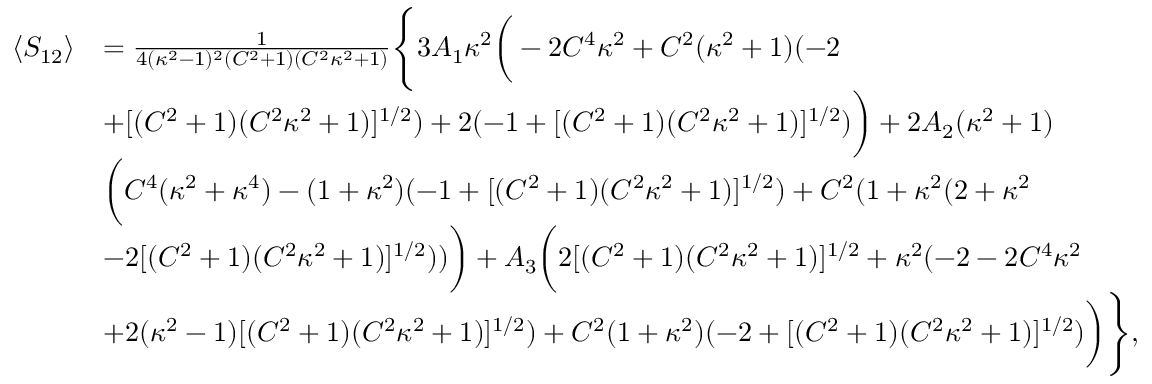
\begin{array} { r l } { \langle S _ { 1 2 } \rangle } & { = \frac { 1 } { 4 ( \kappa ^ { 2 } - 1 ) ^ { 2 } ( C ^ { 2 } + 1 ) ( C ^ { 2 } \kappa ^ { 2 } + 1 ) } \Bigg \{ 3 A _ { 1 } \kappa ^ { 2 } \bigg ( - 2 C ^ { 4 } \kappa ^ { 2 } + C ^ { 2 } ( \kappa ^ { 2 } + 1 ) ( - 2 } \\ & { + [ ( C ^ { 2 } + 1 ) ( C ^ { 2 } \kappa ^ { 2 } + 1 ) ] ^ { 1 / 2 } ) + 2 ( - 1 + [ ( C ^ { 2 } + 1 ) ( C ^ { 2 } \kappa ^ { 2 } + 1 ) ] ^ { 1 / 2 } ) \bigg ) + 2 A _ { 2 } ( \kappa ^ { 2 } + 1 ) } \\ & { \bigg ( C ^ { 4 } ( \kappa ^ { 2 } + \kappa ^ { 4 } ) - ( 1 + \kappa ^ { 2 } ) ( - 1 + [ ( C ^ { 2 } + 1 ) ( C ^ { 2 } \kappa ^ { 2 } + 1 ) ] ^ { 1 / 2 } ) + C ^ { 2 } ( 1 + \kappa ^ { 2 } ( 2 + \kappa ^ { 2 } } \\ & { - 2 [ ( C ^ { 2 } + 1 ) ( C ^ { 2 } \kappa ^ { 2 } + 1 ) ] ^ { 1 / 2 } ) ) \bigg ) + A _ { 3 } \bigg ( 2 [ ( C ^ { 2 } + 1 ) ( C ^ { 2 } \kappa ^ { 2 } + 1 ) ] ^ { 1 / 2 } + \kappa ^ { 2 } ( - 2 - 2 C ^ { 4 } \kappa ^ { 2 } } \\ & { + 2 ( \kappa ^ { 2 } - 1 ) [ ( C ^ { 2 } + 1 ) ( C ^ { 2 } \kappa ^ { 2 } + 1 ) ] ^ { 1 / 2 } ) + C ^ { 2 } ( 1 + \kappa ^ { 2 } ) ( - 2 + [ ( C ^ { 2 } + 1 ) ( C ^ { 2 } \kappa ^ { 2 } + 1 ) ] ^ { 1 / 2 } ) \bigg ) \Bigg \} , } \end{array}